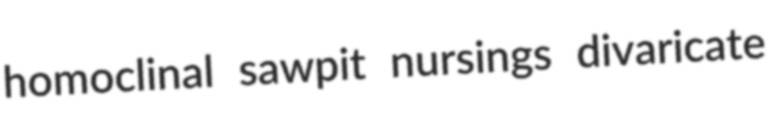
homoclinal sawpit nursings divaricate